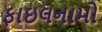
ફાઇલનામો